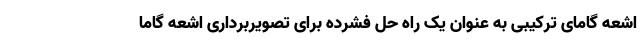
اشعه گامای ترکیبی به عنوان یک راه حل فشرده برای تصویربرداری اشعه گاما